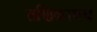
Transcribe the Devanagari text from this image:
तणिकामय